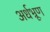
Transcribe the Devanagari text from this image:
अर्धभ्रूण